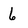
Character: 6